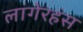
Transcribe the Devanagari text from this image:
लांगेरहंस